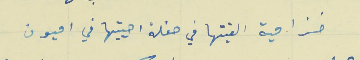
خزامية القيتها في حفلة احييتها في اميون